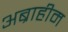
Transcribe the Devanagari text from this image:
अब्राहीम